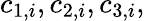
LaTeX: c_{1,i},c_{2,i},c_{3,i},